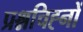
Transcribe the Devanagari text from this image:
प्रश्नचिह्नों